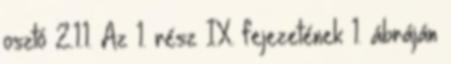
osztó 2.1.1. Az 1. rész IX. fejezetének 1. ábráján